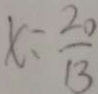
x = \frac { 2 0 } { 1 3 }